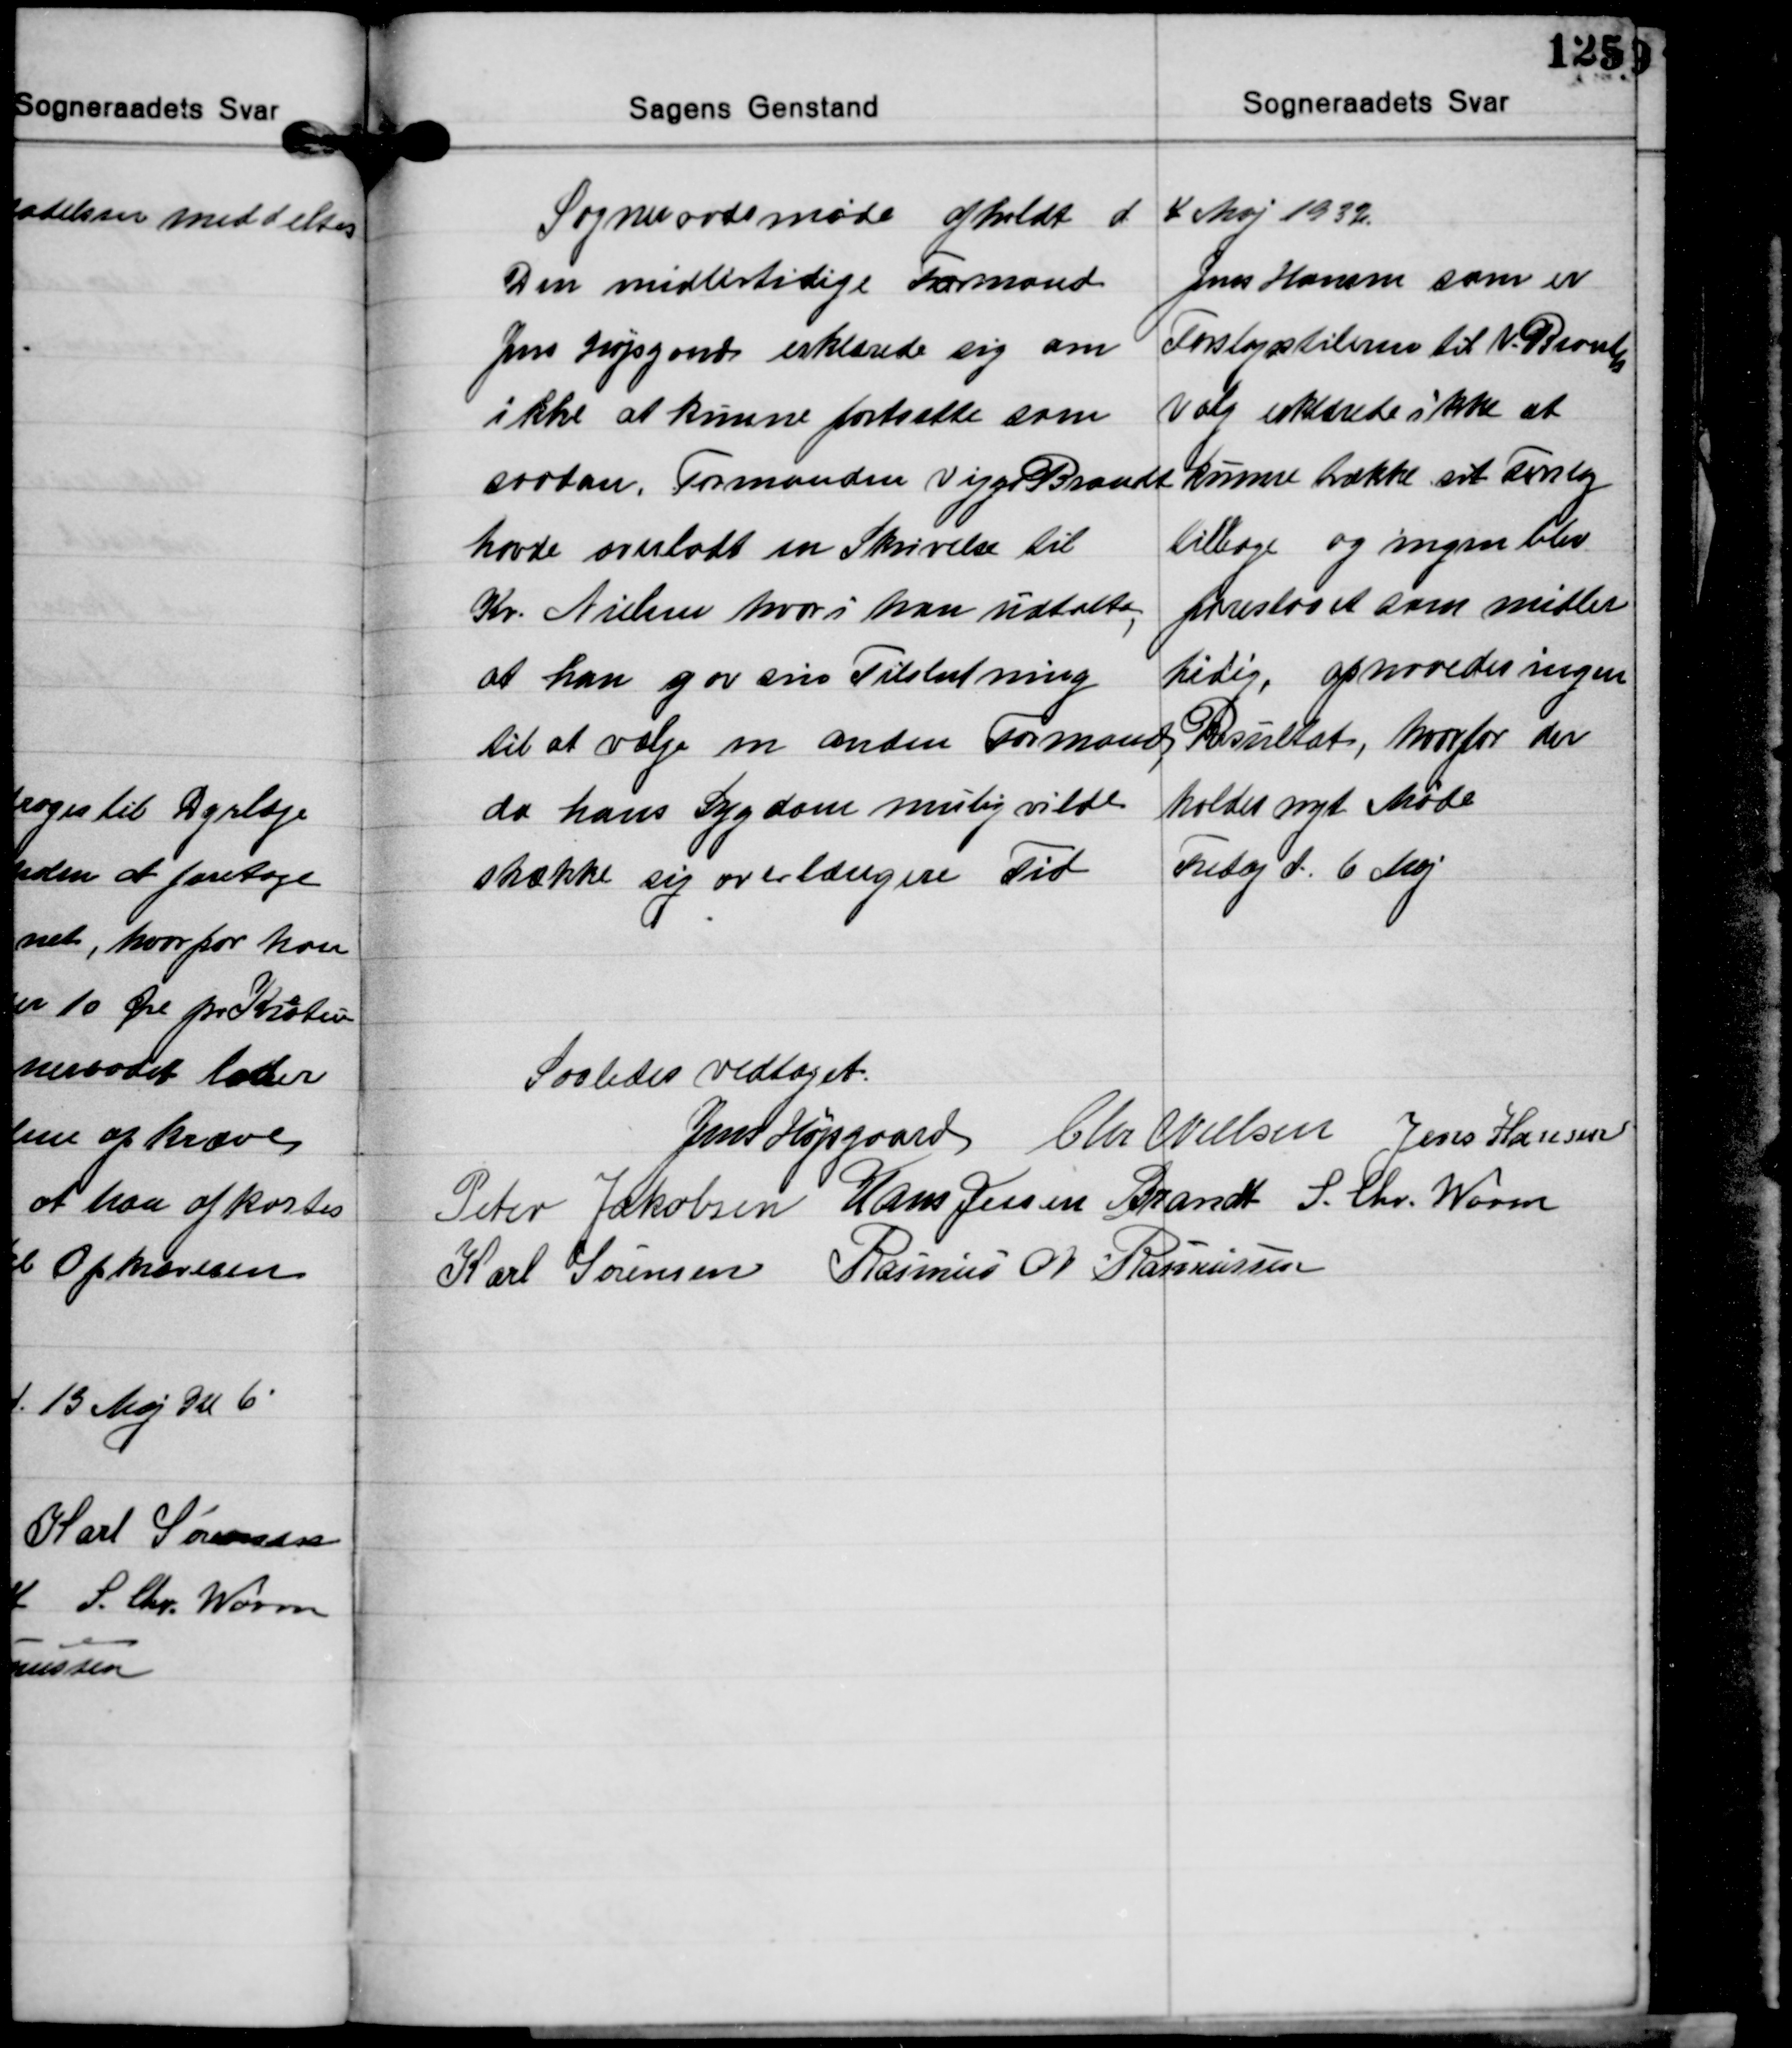
Transskription:
Sogneraadsmøde afholdt d 4 Maj 1932.

Den midlertidige Formand
Jens Højsgaard erklærede sig om
ikke at kunne fortsætte som
saadan. Formanden Viggo Brandt
havde overladt en Skrivelse til
Kr. Nielsen hvori han udtalte
at han gav sin Tilslutning
til at vælge en anden Formand
da hans Sygdom mulig vilde
stække sig over længere Tid

Jens Hansen som er
Forslagsstileren til V. Brandts
Valg erklærede ikke at
kunne trække sit Forslag
tilbage og ingen blev
foreslaaet som midler-
tidig, opnaaedes ingen
Resultat, hvorfor der
holdes nyt Møde
Fredag d. 6 Maj

Saaledes vedtaget.
Jens Højgaard Chr. Nielsen Jens Hansen
Peter Jakobsen Hans Jessen Brandt S. Chr. Worm
Karl Sørensen Rasmus N. Rasmussen